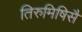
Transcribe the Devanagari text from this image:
तिरुमिषिसै